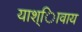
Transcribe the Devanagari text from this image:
याश्ािवाय